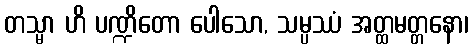
တသ္မာ ဟိ ပဏ္ဍိတော ပေါသော, သမ္ပဿံ အတ္ထမတ္တနော၊